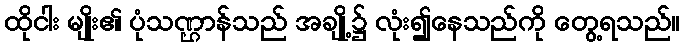
ထိုငါး မျိုး၏ ပုံသဏ္ဌာန်သည် အချို့၌ လုံး၍နေသည်ကို တွေ့ရသည်။